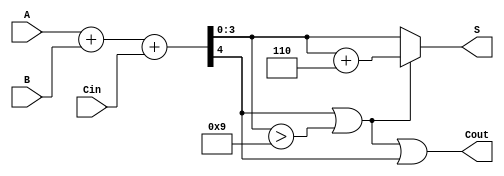
module BCD_Conditional_Adder (
    input  [3:0] A,      // First BCD digit
    input  [3:0] B,      // Second BCD digit
    input        Cin,     // Carry input
    output [3:0] S,      // BCD Sum output
    output       Cout     // Carry output
);

    wire [4:0] Sum;      // 5-bit intermediate sum
    wire       Adj;       // Adjustment signal

    // Calculate intermediate sum
    assign Sum = A + B + Cin;

    // Determine if adjustment is needed
    assign Adj = (Sum[4] || (Sum[3:0] > 4'd9));

    // Calculate output S based on adjustment
    assign S = Adj ? (Sum[3:0] + 4'b0110) : Sum[3:0];

    // Calculate carry-out
    assign Cout = Adj || Sum[4];

endmodule